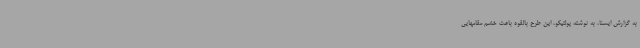
به گزارش ایسنا، به نوشته پولتیکو، این طرح بالقوه باعث خشم مقامهایی